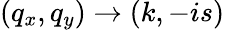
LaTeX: (q_{x},q_{y})\to(k,-is)